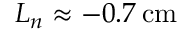
L _ { n } \approx - 0 . 7 \, \mathrm { c m }